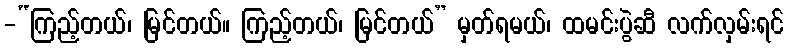
-“ကြည့်တယ်၊ မြင်တယ်။ ကြည့်တယ်၊ မြင်တယ်” မှတ်ရမယ်၊ ထမင်းပွဲဆီ လက်လှမ်းရင်